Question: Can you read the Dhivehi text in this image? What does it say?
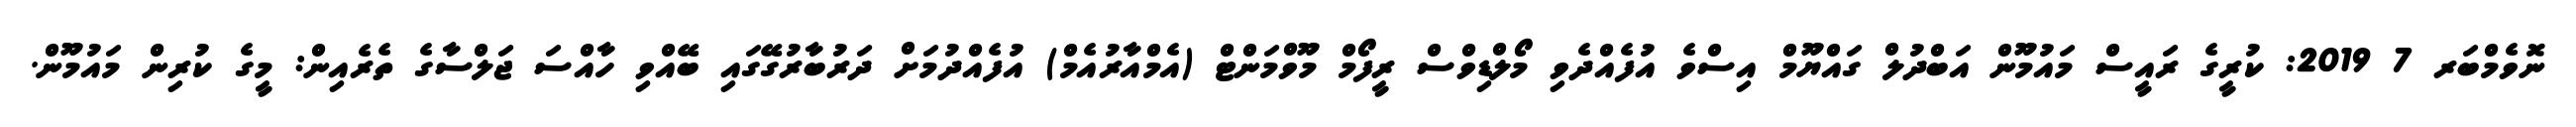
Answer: ނޮވެމްބަރ 7 2019: ކުރީގެ ރައީސް މައުމޫން އަބްދުލް ގައްޔޫމް އިސްވެ އުފެއްދެވި މޯލްޑިވްސް ރީފޯމް މޫވްމަންޓް (އެމްއާރުއެމް) އުފެއްދުމަށް ދަރުބާރުގޭގައި ބޭއްވި ހާއްސަ ޖަލްސާގެ ތެރެއިން: މީގެ ކުރިން މައުމޫން.